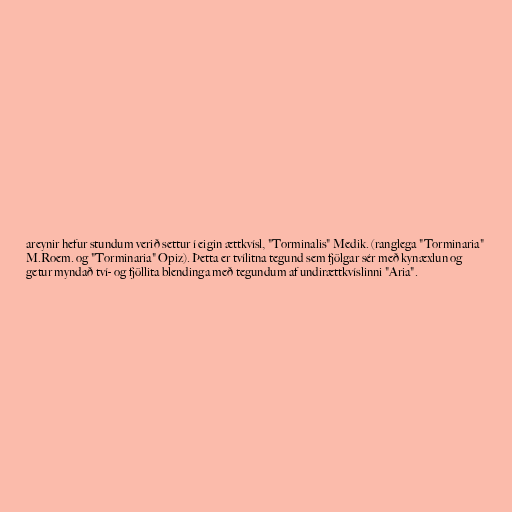
areynir hefur stundum verið settur í eigin ættkvísl, "Torminalis" Medik. (ranglega "Torminaria"
M.Roem. og "Torminaria" Opiz). Þetta er tvílitna tegund sem fjölgar sér með kynæxlun og
getur myndað tví- og fjöllita blendinga með tegundum af undirættkvíslinni "Aria".